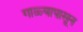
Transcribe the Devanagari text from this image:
गाळ्यापासून